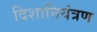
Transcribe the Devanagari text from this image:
दिशानियंत्रण